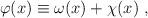
LaTeX: \begin{align*} \varphi(x) \equiv \omega(x) + \chi(x) \;,\end{align*}